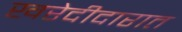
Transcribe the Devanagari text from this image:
खरेदीदारात